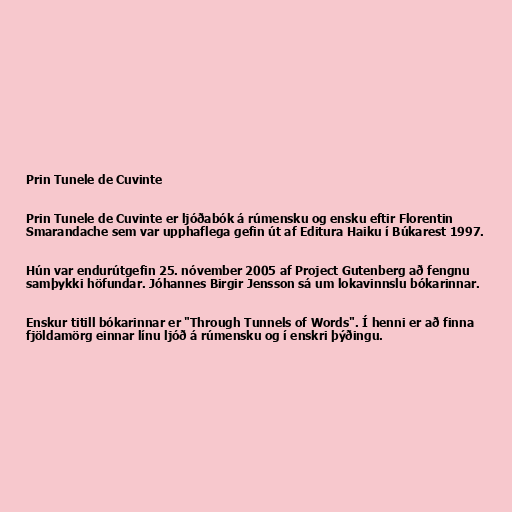
Prin Tunele de Cuvinte

Prin Tunele de Cuvinte er ljóðabók á rúmensku og ensku eftir Florentin
Smarandache sem var upphaflega gefin út af Editura Haiku í Búkarest 1997.

Hún var endurútgefin 25. nóvember 2005 af Project Gutenberg að fengnu
samþykki höfundar. Jóhannes Birgir Jensson sá um lokavinnslu bókarinnar.

Enskur titill bókarinnar er "Through Tunnels of Words". Í henni er að finna
fjöldamörg einnar línu ljóð á rúmensku og í enskri þýðingu.